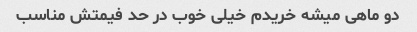
دو ماهی میشه خریدم خیلی خوب در حد فیمتش مناسب